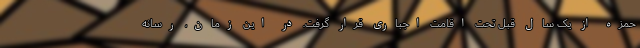
حمزه از یک سال قبل تحت اقامت اجباری قرار گرفت. در این زمان، رسانه